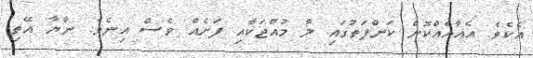
އެކެވެ. އެއާއެއްކޮށް ކަންފަތުގައި ލާ މުއްޖަކާއި ފަށެއް ވެސް އިނެވެ. ނާޔާ އޭތި